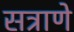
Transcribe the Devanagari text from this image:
सत्राणे